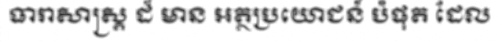
ធារាសាស្ត្រ ដ៏ មាន អត្ថប្រយោជន៍ បំផុត ដែល